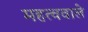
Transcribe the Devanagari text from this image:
महत्ववाले